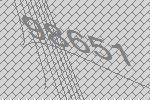
98651